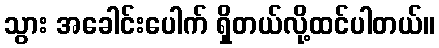
သွား အခေါင်းပေါက် ရှိတယ်လို့ထင်ပါတယ်။